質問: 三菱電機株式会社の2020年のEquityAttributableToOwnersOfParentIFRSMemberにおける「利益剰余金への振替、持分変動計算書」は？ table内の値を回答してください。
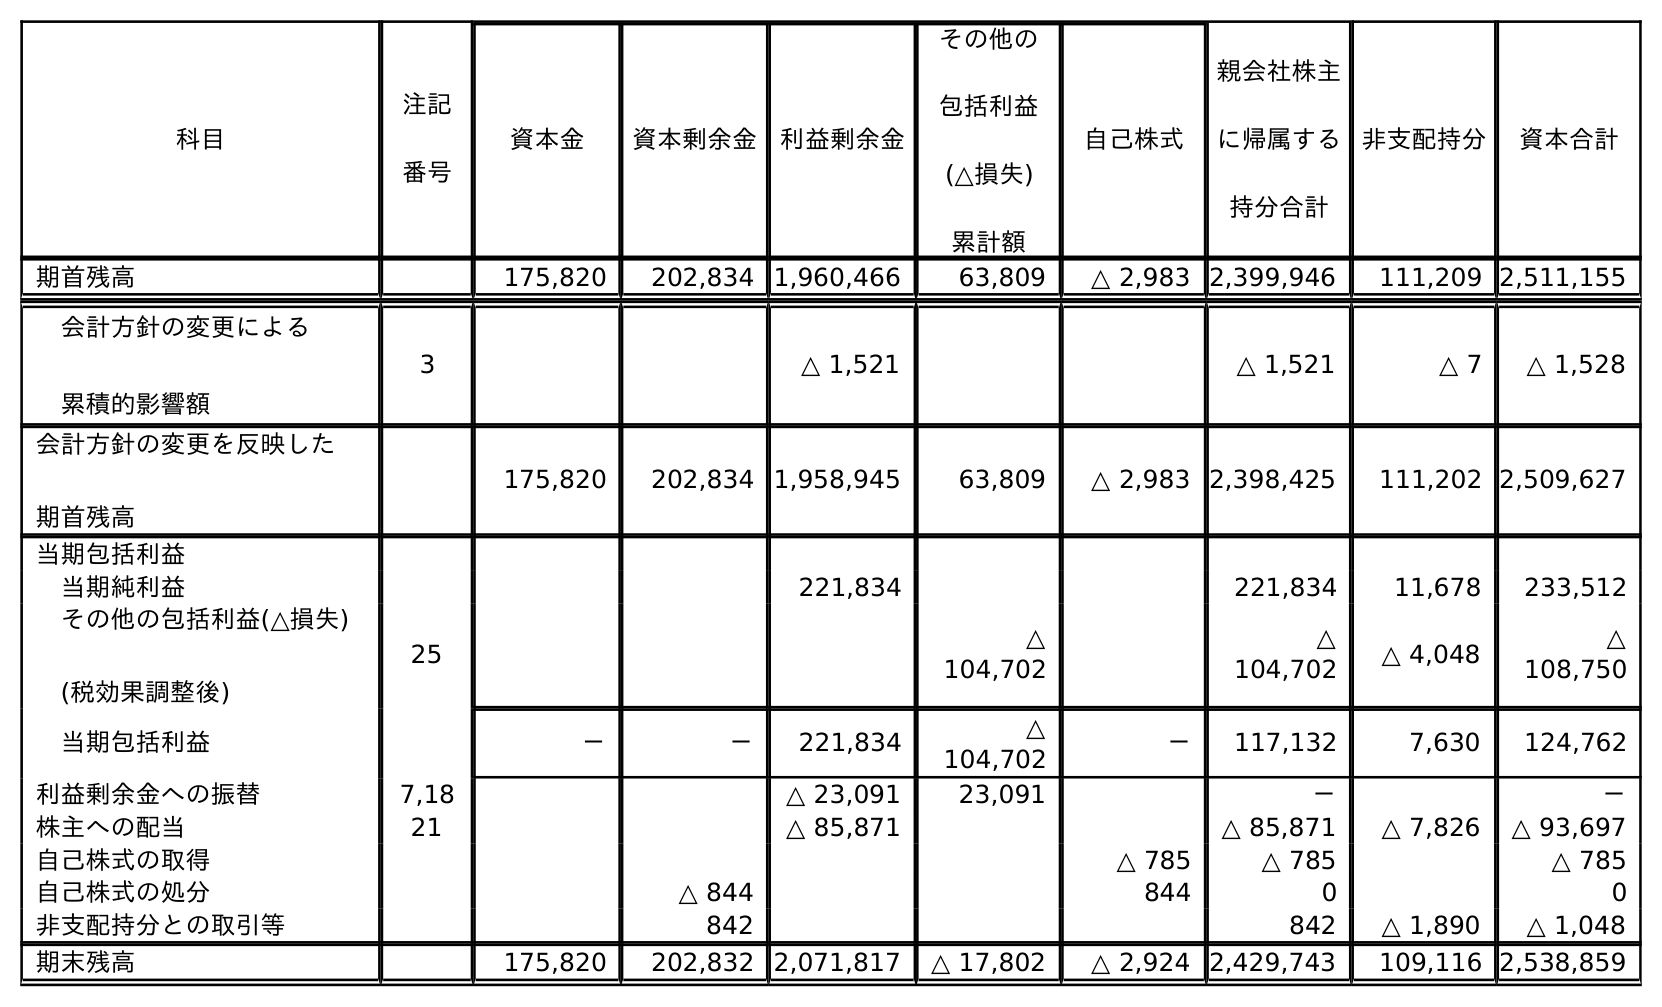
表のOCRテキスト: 科目 注記 番号 非支配持分 資本合計 資本金 資本剰余金 利益剰余金 その他の 包括利益 (△損失) 累計額 自己株式 親会社株主 に帰属する 持分合計 期首残高 175,820 202,834 1,960,466 63,809 △ 2,983 2,399,946 111,209 2,511,155 会計方針の変更による 累積的影響額 3 △ 1,521 △ 1,521 △ 7 △ 1,528 会計方針の変更を反映した 期首残高 175,820 202,834 1,958,945 63,809 △ 2,983 2,398,425 111,202 2,509,627 当期包括利益 当期純利益 221,834 221,834 11,678 233,512 その他の包括利益(△損失) (税効果調整後) 25 △ 104,702 △ 104,702 △ 4,048 △ 108,750 当期包括利益 － － 221,834 △ 104,702 － 117,132 7,630 124,762 利益剰余金への振替 7,18 △ 23,091 23,091 － － 株主への配当 21 △ 85,871 △ 85,871 △ 7,826 △ 93,697 自己株式の取得 △ 785 △ 785 △ 785 自己株式の処分 △ 844 844 0 0 非支配持分との取引等 842 842 △ 1,890 △ 1,048 期末残高 175,820 202,832 2,071,817 △ 17,802 △ 2,924 2,429,743 109,116 2,538,859
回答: －